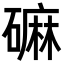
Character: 𪿳